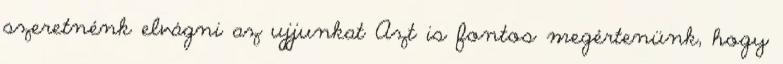
szeretnénk elvágni az ujjunkat Azt is fontos megértenünk, hogy